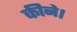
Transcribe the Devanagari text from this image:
कीने।